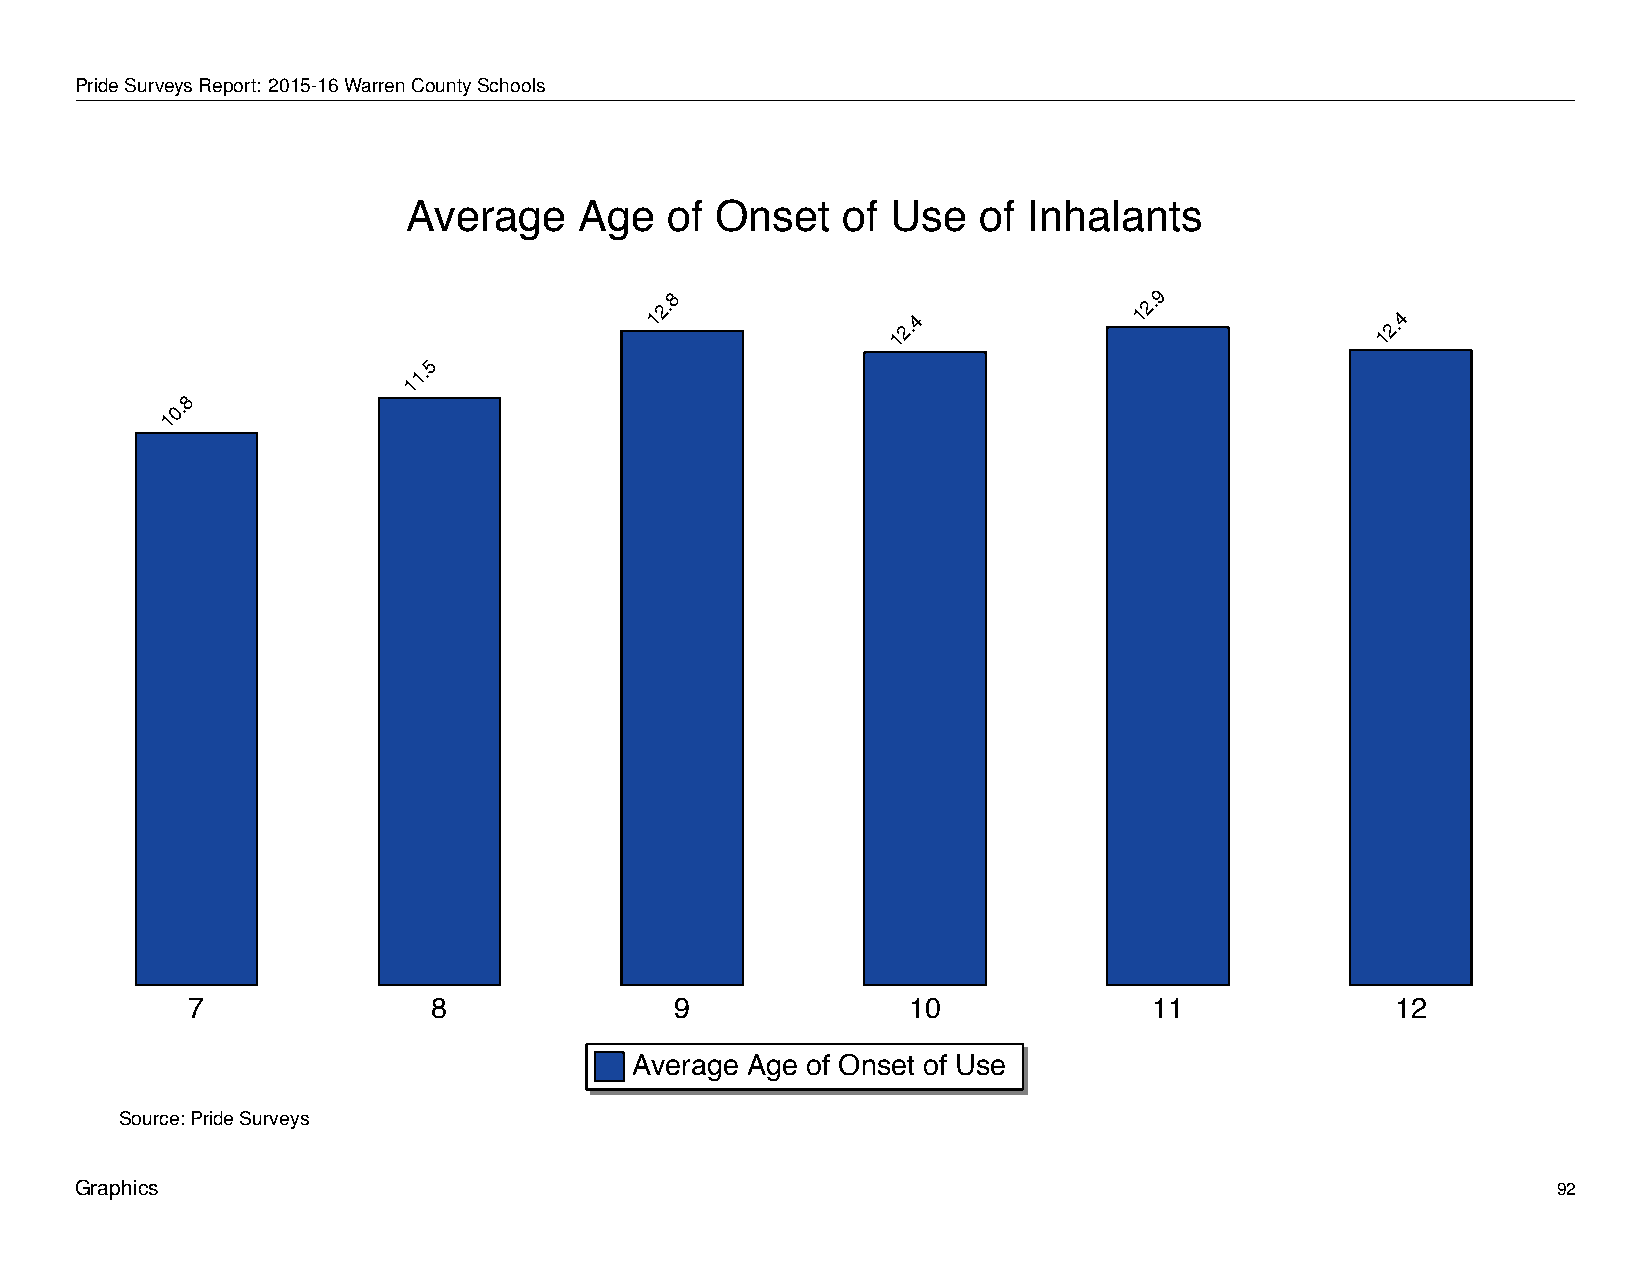
Average           Age       of   Onset        of   Use      of   Inhalants
 PrideSurveysReport: 2015-16WarrenCountySchools
 Average    Age   of Onset    of Use   of Inhalants
 12.8
 12.4
 12.9
 12.4
 5
 1.
 1
 8
 0.
 1
 7                8               9              10              11              12
 Average Age of Onset of Use
 Source: Pride Surveys
 Graphics                                                                                          92